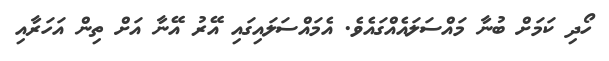
ހޯދި ކަމަށް ބުނާ މައްސަލައެއްގައެވެ. އެމައްސަލައިގައި އޭރު އޭނާ އަށް ތިން އަހަރާއި